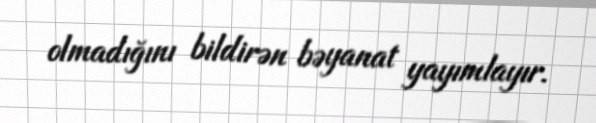
olmadığını bildirən bəyanat yayımlayır.